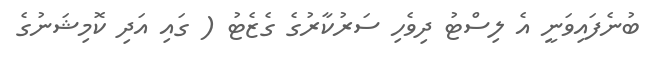
ބުނެފައިވަނީ އެ ލިސްޓު ދިވެހި ސަރުކާރުގެ ގެޒެޓު ( ގައި އަދި ކޮމިޝަނުގެ